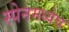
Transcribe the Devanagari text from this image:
स्पेनमध्येच